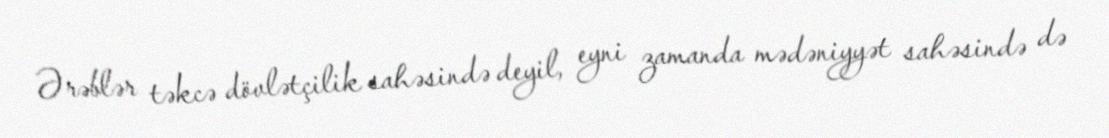
Ərəblər təkcə dövlətçilik sahəsində deyil, eyni zamanda mədəniyyət sahəsində də